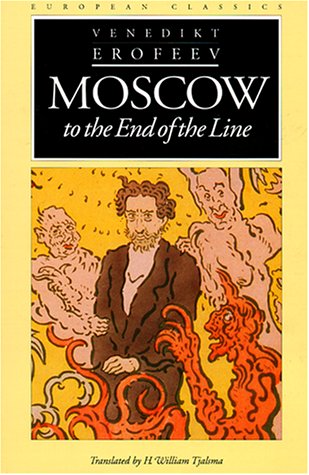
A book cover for Moscow to the End of the Line; Venedikt Erofeev; Literature & Fiction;